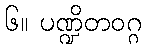
၆။ ပဏ္ဍိတဝဂ္ဂ